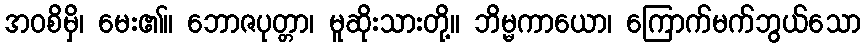
အဝစိမှိ၊ မေး၏။ ဘောဇပုတ္တာ၊ မူဆိုးသားတို့။ ဘိမ္မကာယော၊ ကြောက်မက်ဘွယ်သော